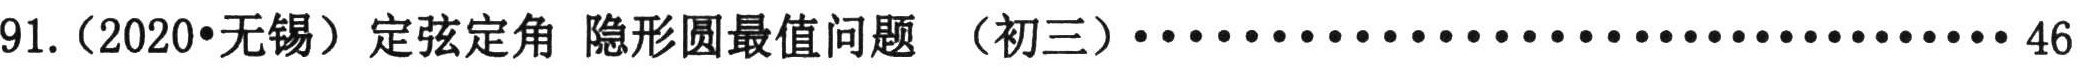
91.（2020•无锡）定弦定角 隐形圆最值问题 （初三）·································· 46